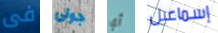
فى جولى أي إسماعيل